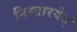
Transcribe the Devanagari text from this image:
निस्तारयेत्